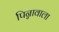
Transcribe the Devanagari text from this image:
पिन्नावाला